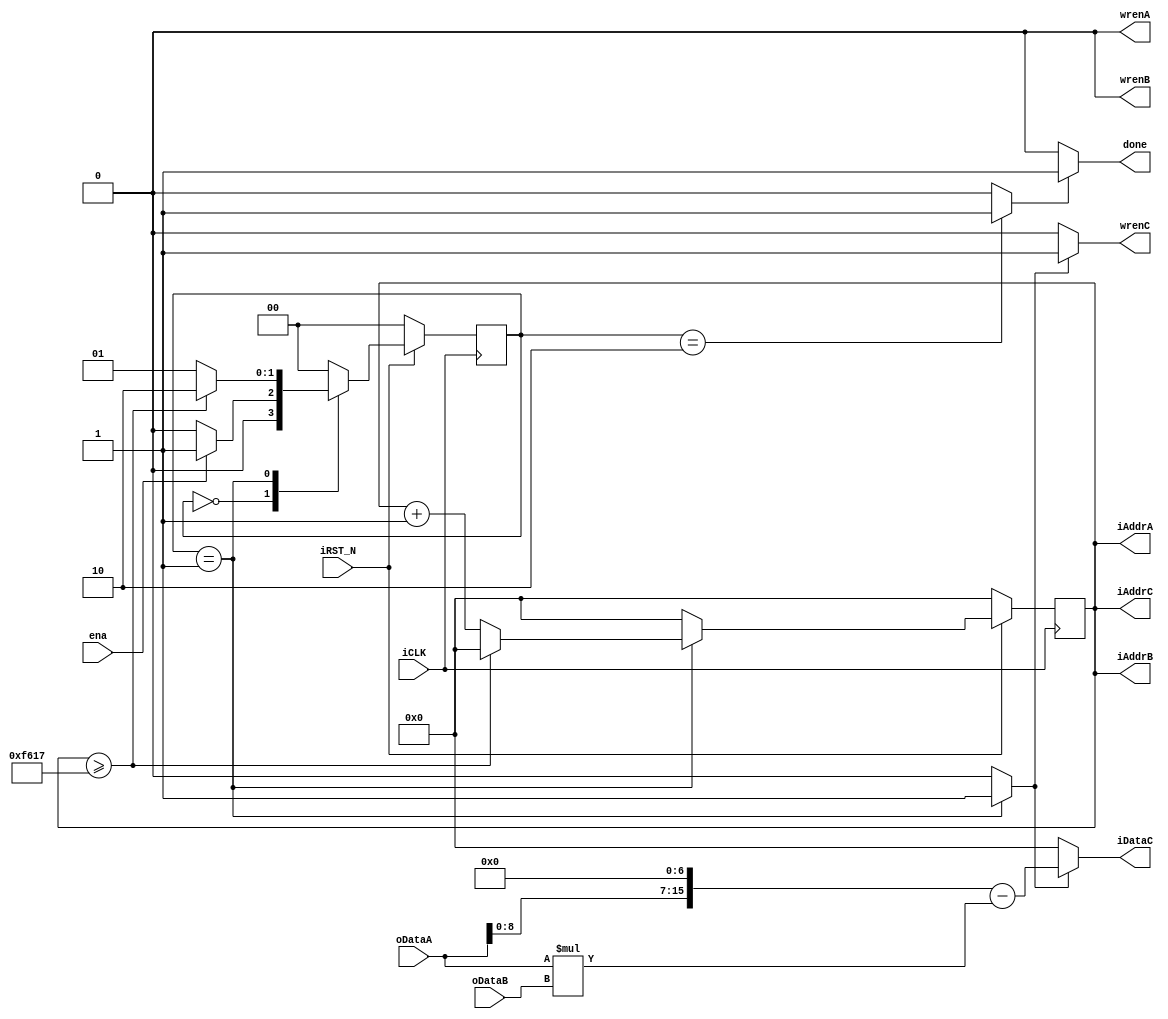
module calcu_b
// b
(
    input ena,
    output done,
    
    input iCLK,
    input iRST_N,
    
    input [15:0] oDataA,
    input [15:0] oDataB,
	
    output wrenA,
	output wrenB,
    output wrenC,
    output [15:0] iAddrA,
	output [15:0] iAddrB,
    output [15:0] iAddrC,
    output [15:0] iDataC
);

reg [1:0] STATUS;

wire s0,s1,s2,s3;
assign s0 = (STATUS==0) ? 1 : 0;
assign s1 = (STATUS==1) ? 1 : 0;
assign s2 = (STATUS==2) ? 1 : 0;
assign s3 = (STATUS==3) ? 1 : 0;

reg [15:0] iAddr;
assign iAddrA = iAddr;
assign iAddrB = iAddr;
assign iAddrC = iAddr;

wire [23:0] AA;
wire [23:0] BB;
wire [23:0] CC;

assign AA = oDataA << 7;
assign BB = oDataA * oDataB;
assign CC = AA - BB;

assign done   = s2 ? 1 : 0;
assign wrenA  = 0;       
assign wrenB  = 0;   
assign wrenC  = s1 ? 1 : 0;  
assign iDataC = s1 ? CC[15:0] : 0;

always @(posedge iCLK)	begin
	if(!iRST_N)	begin
        iAddr <= 0;
    end
    else begin
        if(STATUS==1) begin
            if(iAddr >= 300*210 - 1) begin
                iAddr <= 0;
            end
            else begin
                iAddr <= iAddr + 1;
            end
        end
        else begin
            iAddr <= 0;
        end
    end
end

always @(posedge iCLK)	begin
	if(!iRST_N)	begin
        STATUS <= 0;
    end
    else begin
        case(STATUS)
        0: begin
            if(ena) begin
                STATUS <= 1;
            end
            else begin
                STATUS <= 0;          
            end
        end
        
        1: begin
            if(iAddr >= 300*210 - 1) begin
                STATUS <= 2;
            end
            else begin
				STATUS <= 1;
            end
        end
        
        2: begin
            STATUS <= 0;
        end
        
        default: begin 
            STATUS <= 0; 
        end
            
        endcase
    end
end


endmodule